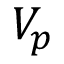
V _ { p }